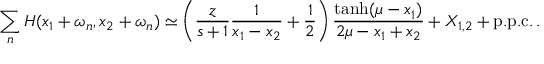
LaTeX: \sum _ { n } H ( x _ { 1 } + \omega _ { n } , x _ { 2 } + \omega _ { n } ) \simeq \left( \frac { z } { s + 1 } \frac { 1 } { x _ { 1 } - x _ { 2 } } + \frac { 1 } { 2 } \right) \frac { \operatorname { t a n h } ( \mu - x _ { 1 } ) } { 2 \mu - x _ { 1 } + x _ { 2 } } + X _ { 1 , 2 } + \mathrm { p . p . c . } \, .